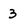
Character: 3